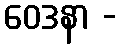
ဝေဒနာ -